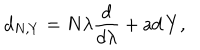
d _ { N , Y } = N \lambda { \frac { d } { d \lambda } } + \mathrm { a d \, } Y ,